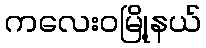
ကလေးဝမြို့နယ်